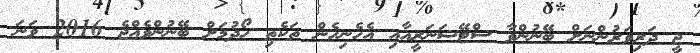
ޖީ ދަރިވަރުންނަށް ބޭނުންވާ ސްޓޭޝަނަރީއާއި އެހެނިހެން ތަކެތި ހޯދުމަށް ބޭނުންވެއްޖެ 2016 ވަނަ